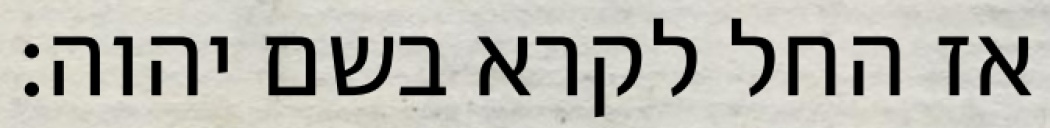
אז החל לקרא בשם יהוה׃